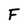
Character: F